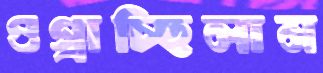
ওগ্‌রাচ্ছিলাম